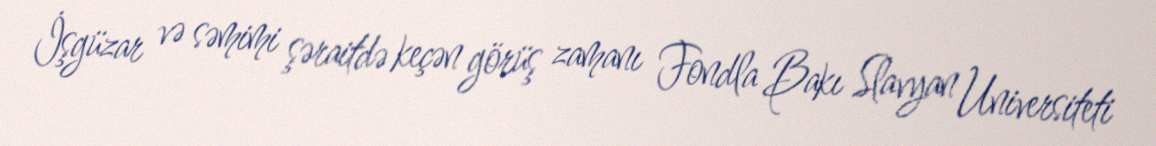
İşgüzar və səmimi şəraitdə keçən görüş zamanı Fondla Bakı Slavyan Universiteti